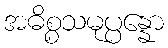
အဓိစ္စသမုပ္ပန္နော